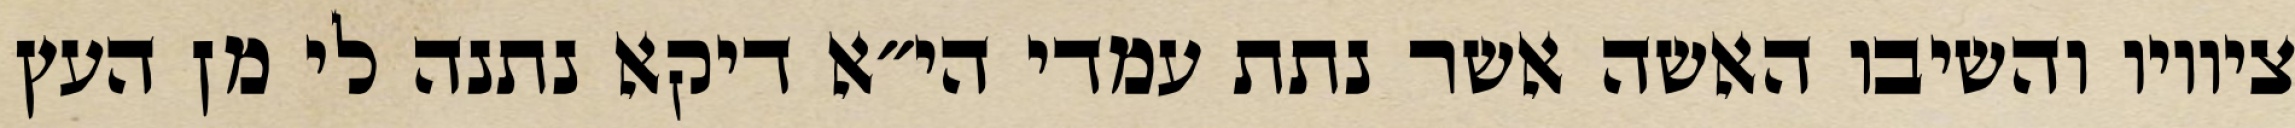
ציוויו והשיבו האשה אשר נתת עמדי הי״א דיקא נתנה לי מן העץ